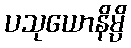
ပသုယောနိမ္ပိ